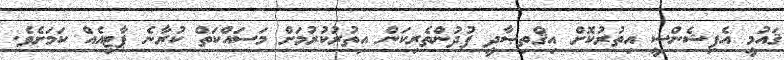
ޤައުމީ އެފިޝެންސީ އިތުރުކޮށް އިޤްތިޞާދީ ފުދުންތެރިކަން އިތުރުކުރުމަށް މަސައްކަތް ކުރާނެ ޕާޓިއެއް ކަމަށެވެ.